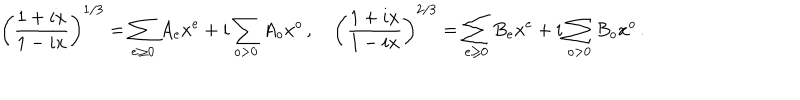
LaTeX: \left( \frac { 1 + i x } { 1 - i x } \right) ^ { 1 / 3 } = \sum _ { e \geq 0 } A _ { e } x ^ { e } + i \sum _ { o > 0 } A _ { o } x ^ { o } \, , ~ \left( \frac { 1 + i x } { 1 - i x } \right) ^ { 2 / 3 } = \sum _ { e \geq 0 } B _ { e } x ^ { e } + i \sum _ { o > 0 } B _ { o } x ^ { o } \, .